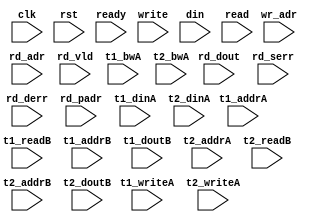
/*
 * Copyright (C) 2011 Memoir Systems Inc. These coded instructions, statements, and computer programs are
 * Confidential Proprietary Information of Memoir Systems Inc. and may not be disclosed to third parties
 * or copied in any form, in whole or in part, without the prior written consent of Memoir Systems Inc.
 * 
 * Generated File by Ipgen. Version: 3.3.UNKNOWN Date: Wed 2012.11.21 at 01:59:18 PM IST
 * */

module algo_1r3w_a309_sva_wrap
#(parameter IP_WIDTH = 32, parameter IP_BITWIDTH = 5, parameter IP_DECCBITS = 7, parameter IP_NUMADDR = 8192, parameter IP_BITADDR = 13, 
parameter IP_NUMVBNK = 4,	parameter IP_BITVBNK = 2, parameter IP_BITPBNK = 4,
parameter IP_ENAECC = 0, parameter IP_ENAPAR = 0, parameter IP_SECCBITS = 4, parameter IP_SECCDWIDTH = 3, 
parameter FLOPECC = 1, parameter FLOPIN = 0, parameter FLOPOUT = 0, parameter FLOPCMD = 0, parameter FLOPMEM = 0,
parameter IP_REFRESH = 1, parameter IP_REFFREQ = 6,  parameter IP_REFFRHF = 0,

parameter T1_WIDTH = 32, parameter T1_NUMVBNK = 4, parameter T1_BITVBNK = 2, parameter T1_DELAY = 1, parameter T1_NUMVROW = 2048, parameter T1_BITVROW = 11,
parameter T1_BITWSPF = 0, parameter T1_NUMWRDS = 2, parameter T1_BITWRDS = 1, parameter T1_NUMSROW = 1024, parameter T1_BITSROW = 10, parameter T1_PHYWDTH = 64,
parameter T2_WIDTH = 32, parameter T2_NUMVBNK = 8, parameter T2_BITVBNK = 3, parameter T2_DELAY = 1, parameter T2_NUMVROW = 2048, parameter T2_BITVROW = 11,
parameter T2_BITWSPF = 0, parameter T2_NUMWRDS = 2, parameter T2_BITWRDS = 1, parameter T2_NUMSROW = 1024, parameter T2_BITSROW = 10, parameter T2_PHYWDTH = 64)
( clk,  rst,  ready,
  write,   wr_adr,   din,
  read,   rd_adr,   rd_dout,   rd_vld,   rd_serr,   rd_derr,   rd_padr,
  t1_writeA,   t1_addrA,   t1_dinA,    t1_bwA,   t1_readB,    t1_addrB,   t1_doutB,
  t2_writeA,   t2_addrA,   t2_dinA,    t2_bwA,   t2_readB,    t2_addrB,   t2_doutB);
  
  parameter WIDTH = IP_WIDTH;
  parameter BITWDTH = IP_BITWIDTH;
  parameter ENAPAR = IP_ENAPAR;
  parameter ENAECC = IP_ENAECC;
  parameter ECCWDTH = IP_DECCBITS;
  parameter NUMADDR = IP_NUMADDR;
  parameter BITADDR = IP_BITADDR;
  parameter NUMVROW = T1_NUMVROW;
  parameter BITVROW = T1_BITVROW;
  parameter NUMVBNK = IP_NUMVBNK;
  parameter BITVBNK = IP_BITVBNK;
  parameter NUMPBNK = IP_NUMVBNK + 2;
  parameter BITPBNK = IP_BITPBNK;
  parameter NUMWRDS = T1_NUMWRDS;      // ALIGN Parameters
  parameter BITWRDS = T1_BITWRDS;
  parameter NUMSROW = T1_NUMSROW;
  parameter BITSROW = T1_BITSROW;
  parameter MEMWDTH = ENAPAR ? WIDTH+1 : ENAECC ? WIDTH+ECCWDTH : WIDTH;
  parameter PHYWDTH = T1_PHYWDTH;
  parameter SRAM_DELAY = 2;
  parameter DRAM_DELAY = T1_DELAY;
  parameter NUMRDPT = 1;
  parameter NUMWRPT = 3;
  
  parameter BITPADR = BITPBNK+BITSROW+BITWRDS+1;

  parameter BITMAPT = BITPBNK*NUMVBNK;
  
  input [NUMWRPT-1:0]                  write;
  input [NUMWRPT*BITADDR-1:0]          wr_adr;
  input [NUMWRPT*WIDTH-1:0]            din;

  input [NUMRDPT-1:0]                  read;
  input [NUMRDPT*BITADDR-1:0]          rd_adr;
  input [NUMRDPT-1:0]                 rd_vld;
  input [NUMRDPT*WIDTH-1:0]           rd_dout;
  input [NUMRDPT-1:0]                 rd_serr;
  input [NUMRDPT-1:0]                 rd_derr;
  input [NUMRDPT*BITPADR-1:0]         rd_padr;

  input                               ready;
  input                                clk, rst;

  input [T1_NUMVBNK-1:0] t1_writeA;
  input [T1_NUMVBNK*BITSROW-1:0] t1_addrA;
  input [T1_NUMVBNK*PHYWDTH-1:0] t1_bwA;
  input [T1_NUMVBNK*PHYWDTH-1:0] t1_dinA;
  input [T1_NUMVBNK-1:0] t1_readB;
  input [T1_NUMVBNK*BITSROW-1:0] t1_addrB;
  input  [T1_NUMVBNK*PHYWDTH-1:0] t1_doutB;

  input [T2_NUMVBNK-1:0] t2_writeA;
  input [T2_NUMVBNK*BITSROW-1:0] t2_addrA;
  input [T2_NUMVBNK*PHYWDTH-1:0] t2_bwA;
  input [T2_NUMVBNK*PHYWDTH-1:0] t2_dinA;
  input [T2_NUMVBNK-1:0] t2_readB;
  input [T2_NUMVBNK*BITSROW-1:0] t2_addrB;
  input  [T2_NUMVBNK*PHYWDTH-1:0] t2_doutB;

  
endmodule    //algo_1r3w_a309_sva_wrap